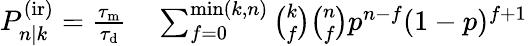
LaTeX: \begin{array}{rl}{P_{n|k}^{\mathrm{(ir)}}=\frac{\tau_{\mathrm{m}}}{\tau_{\mathrm{d}}}}&{{}\sum_{f=0}^{\operatorname*{min}(k,n)}\binom{k}{f}\binom{n}{f}p^{n-f}(1-p)^{f+1}}\end{array}